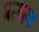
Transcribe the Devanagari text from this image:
बत्यय